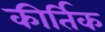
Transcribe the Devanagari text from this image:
कीर्तिक